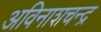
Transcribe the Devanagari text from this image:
अविनाशचन्द्र